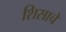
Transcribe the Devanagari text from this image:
शिसाचे